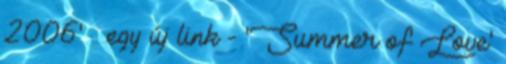
2006' » egy új link - 'Summer of Love'